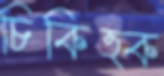
চিকিত্ক